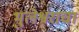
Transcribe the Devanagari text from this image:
भुलेश्वराचा